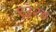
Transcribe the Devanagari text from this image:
९३२४